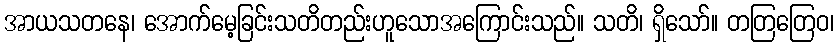
အာယသတနေ၊ အောက်မေ့ခြင်းသတိတည်းဟူသောအကြောင်းသည်။ သတိ၊ ရှိသော်။ တတြတြေဝ၊